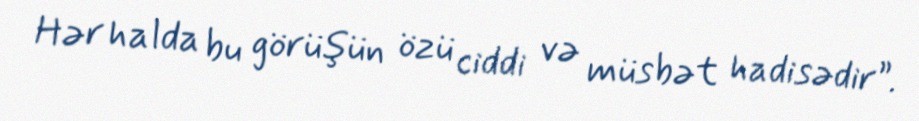
Hər halda bu görüşün özü ciddi və müsbət hadisədir”.